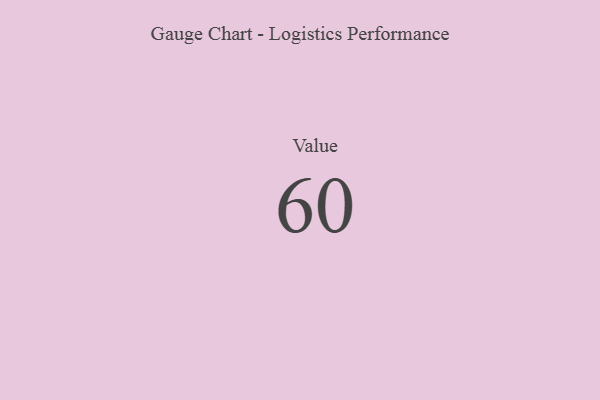
{"axis": {"x": "Metric", "y": "Value"}, "legend": [""], "data": [{"x": "Value", "y": 60, "type": ""}]}